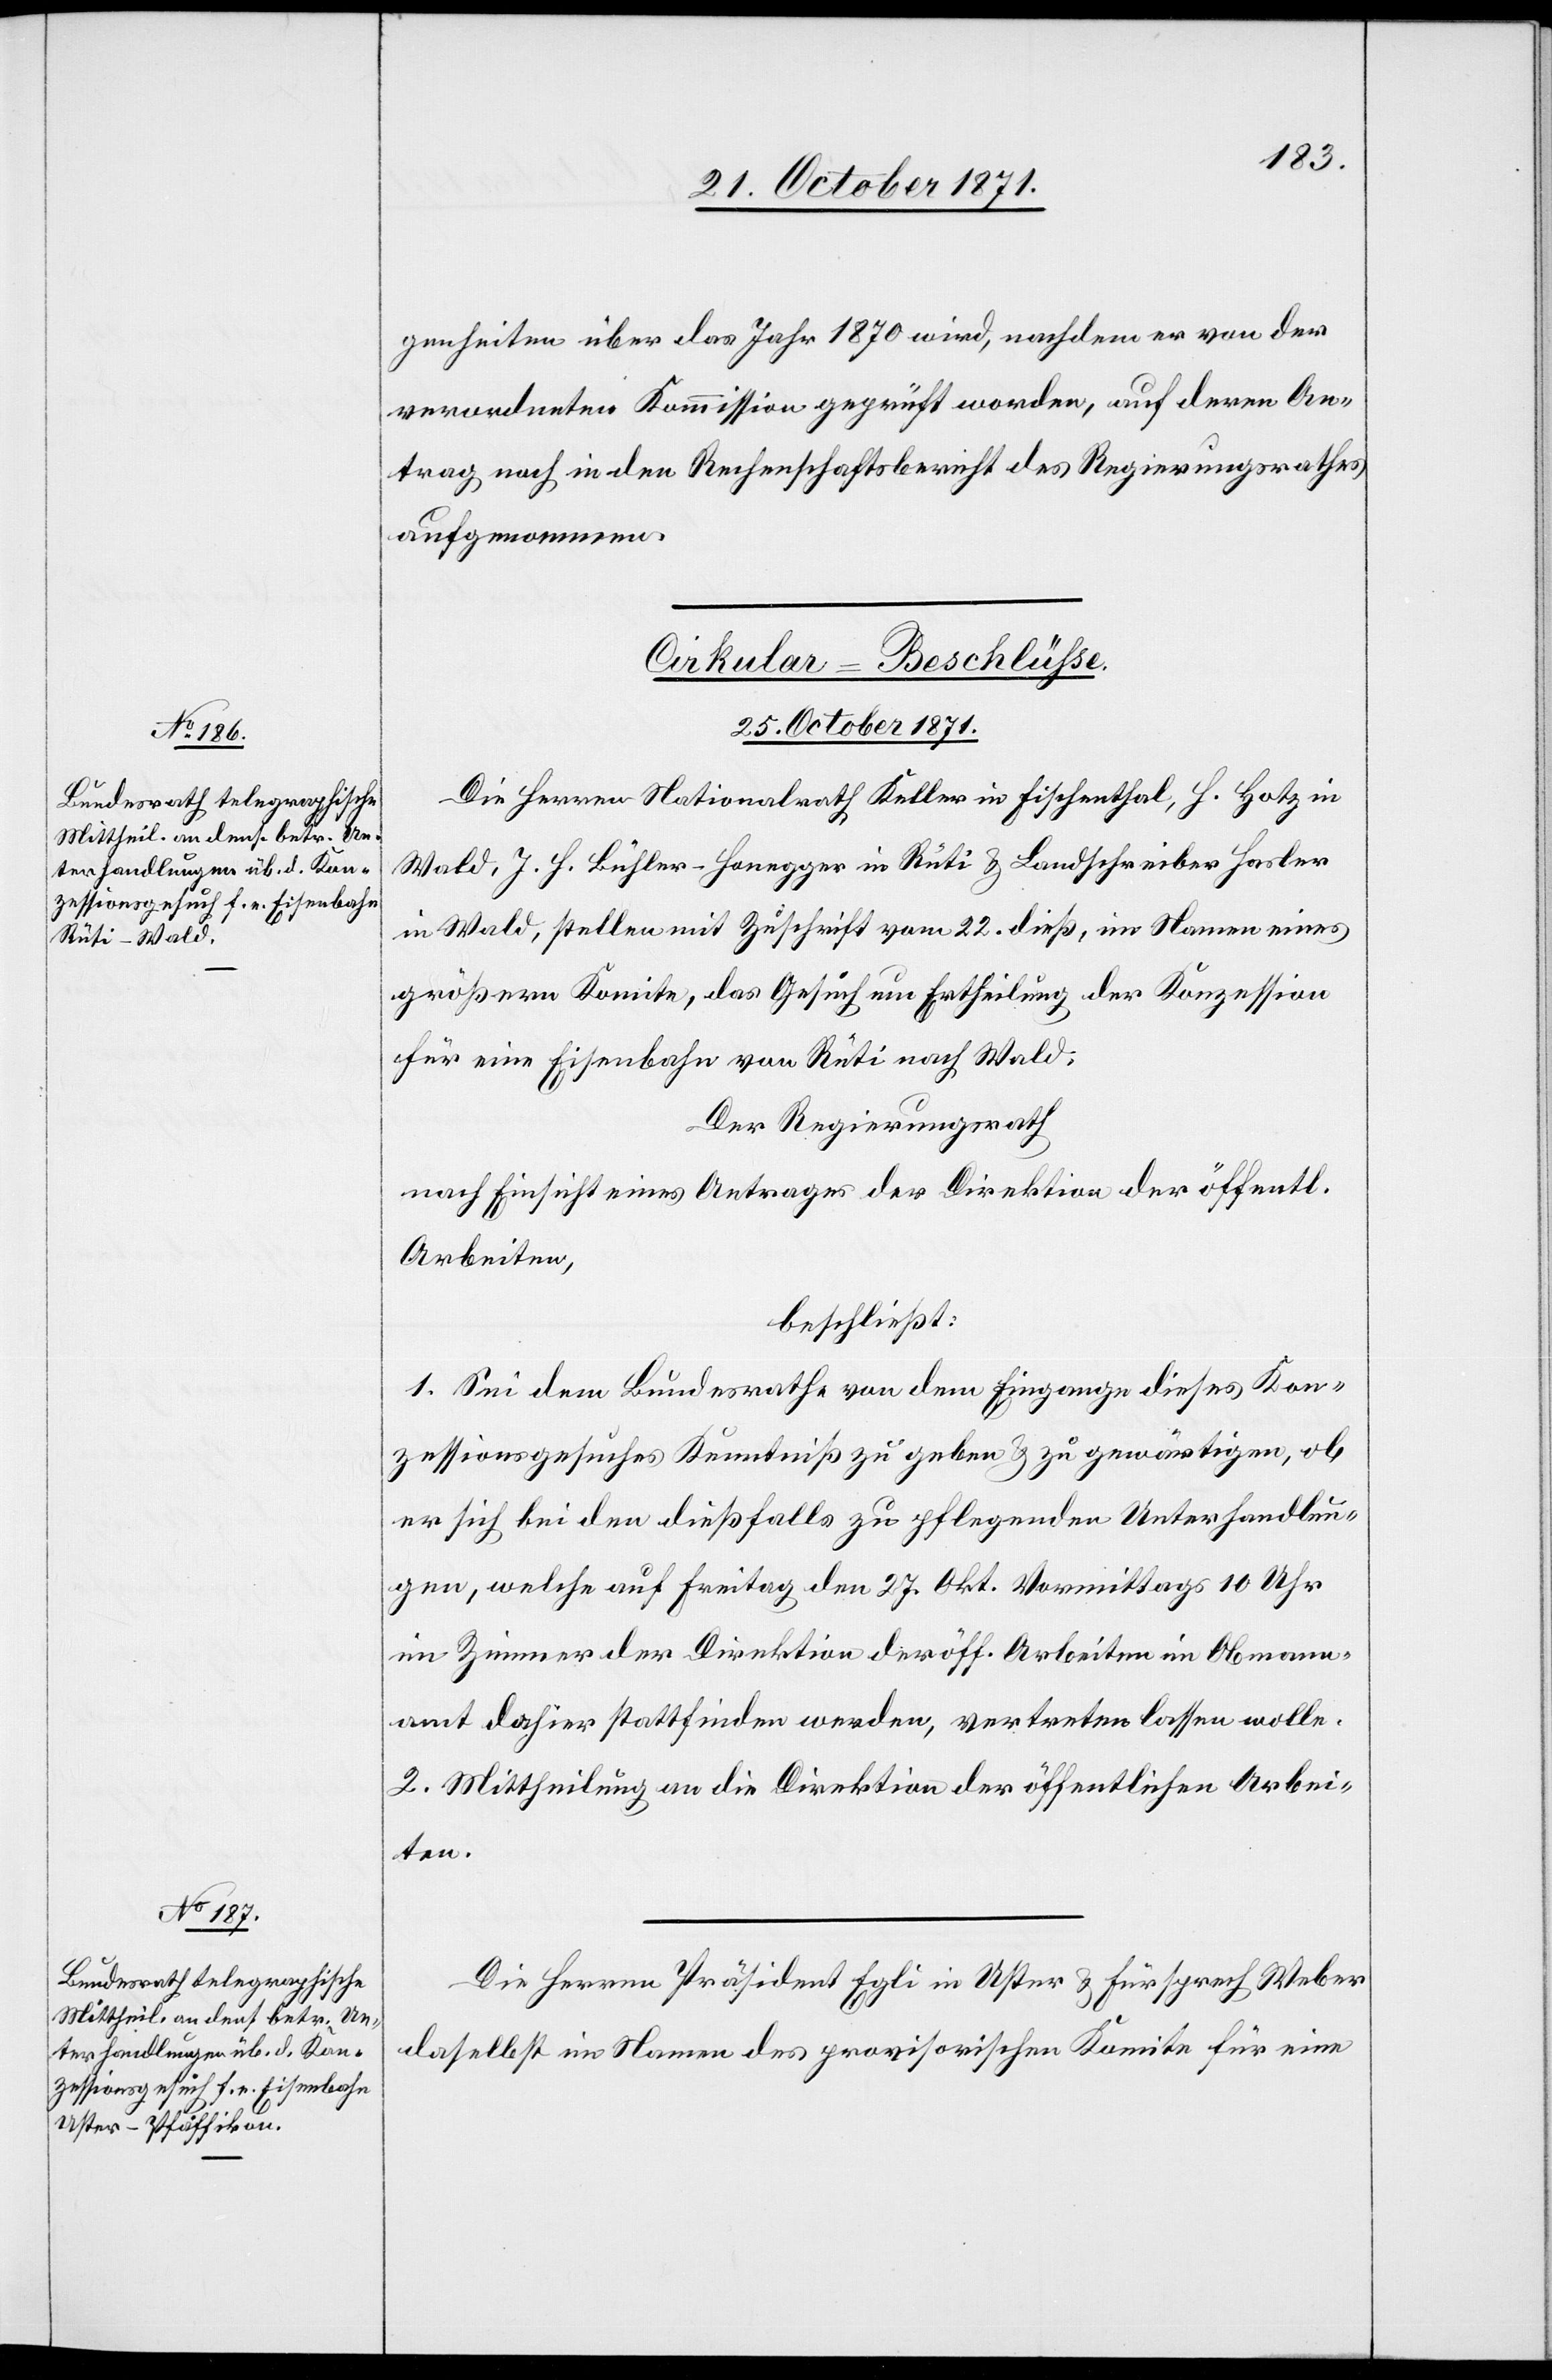
legenheiten über das Jahr 1870 wird, nachdem er von der
verordneten Kommission geprüft worden, auf deren An¬
trag noch in den Rechenschaftsbericht des Regierungsrathes
aufgenommen.
[Cirkular-Beschlüsse.
25. October 1871.]
Die Herren Nationalrath Keller in Fischenthal, H. Hotz in
Wald, J. H. Bühler-Honegger in Rüti & Landschreiber Hasler
in Wald, stellen mit Zuschrift vom 22. dieß, im Namen eines
größern Komitee, das Gesuch um Ertheilung der Konzession
für eine Eisenbahn von Rüti nach Wald.
Der Regierungsrath
nach Einsicht eines Antrages der Direktion der öffentl.
Arbeiten,
beschließt:
1. Sei dem Bundesrathe von dem Eingange dieses Kon¬
zessionsgesuches Kenntniß zu geben & zu gewärtigen, ob
er sich bei den dießfalls zu pflegenden Unterhandlun¬
gen, welche auf Freitag dem 27. Okt. Vormittags 10 Uhr
im Zimmer der Direktion der öff. Arbeiten im Obmann¬
amt dahier stattfinden werden, vertreten lassen wolle.
2. Mittheilung an die Direktion der öffentlichen Arbei¬
ten.
Die Herren Präsident Egli in Uster & Fürsprech Weber
daselbst im Namen des provisorischen Komitee für eine